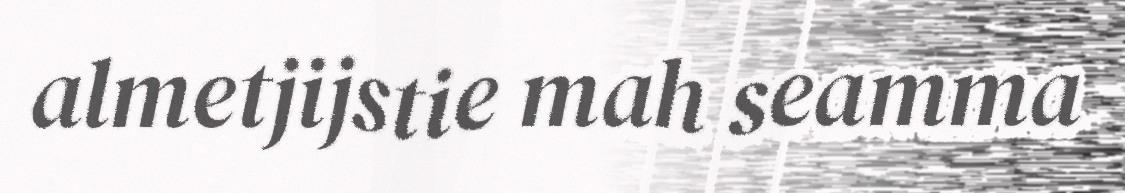
almetjijstie mah seamma